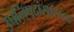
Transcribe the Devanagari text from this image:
उपनिषदांसारख्या